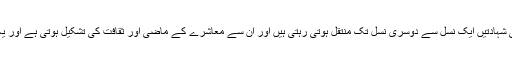
(6) مگر یہ کام کسی حد تک زبانی روایت نے بھی سر انجام دیا کیونکہ زبانی شہادتیں ایک نسل سے دوسری نسل تک منتقل ہوتی رہتی ہیں اور ان سے معاشرے کے ماضی اور ثقافت کی تشکیل ہوتی ہے اور یہ روایت معاشرے کی خواندگی کی شرح میں اضافے سے کمزور پڑجاتی ہیں۔